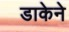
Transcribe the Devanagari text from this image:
डाकेने